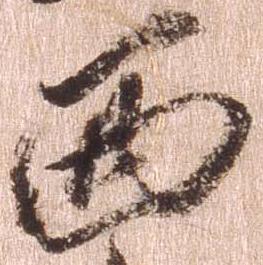
西